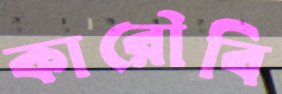
কারৌবি